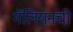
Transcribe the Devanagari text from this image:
गॅलियनची